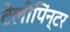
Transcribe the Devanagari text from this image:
टेलीपिंन्टर